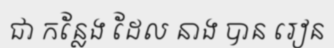
ជា កន្លែង ដែល នាង បាន រៀន